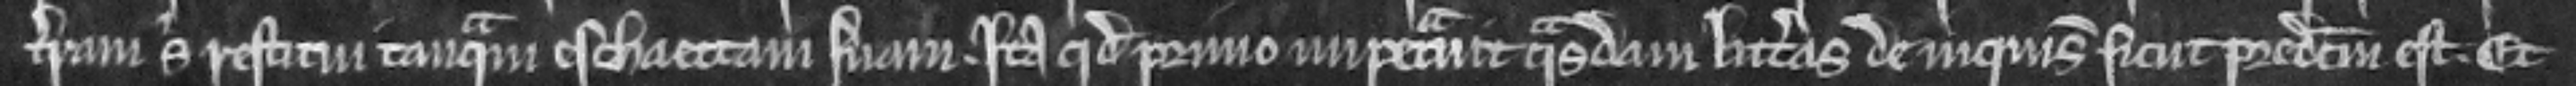
terram sibi restitui tanquam eschaettam suam. Ita quod primo impetrauit quasdam litteras de inquisicione sicut predictum est. Et